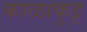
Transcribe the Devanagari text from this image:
काळाकुट्ट